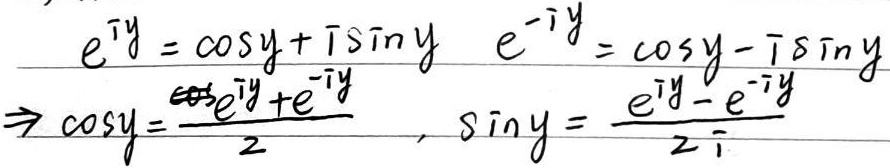
根据欧拉公式，有：
\[
\begin{align*}
e^{iy}&=\cos y + i\sin y\\
e^{-iy}&=\cos y - i\sin y
\end{align*}
\]
由此可得：
\[
\cos y=\frac{e^{iy}+e^{-iy}}{2}
\]
\[
\sin y=\frac{e^{iy}-e^{-iy}}{2i}
\]